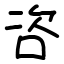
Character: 咨